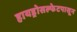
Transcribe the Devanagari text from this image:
हायड्रोसल्फेटपासून